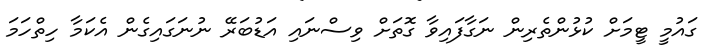
ގައުމީ ޓީމަށް ކުޅުންތެރިން ނަގާފައިވާ ގޮތަށް ވިސްނައި އަޑުބަރޭ ނުނަގައިގެން އެކަމާ ހިތްހަމަ